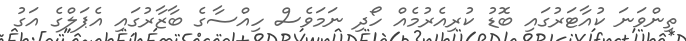
ތިންވަނަ ކުއާޓަރުގައި ބޮޑު ކުރިއެރުމެއް ހޯދި ނަމަވެސް ހިއްސާގެ ބާޒާރުގައި އެޕަލްގެ އަގު